Vaccination in Burma 1920-1933 - 1920-1933
Year: 1920
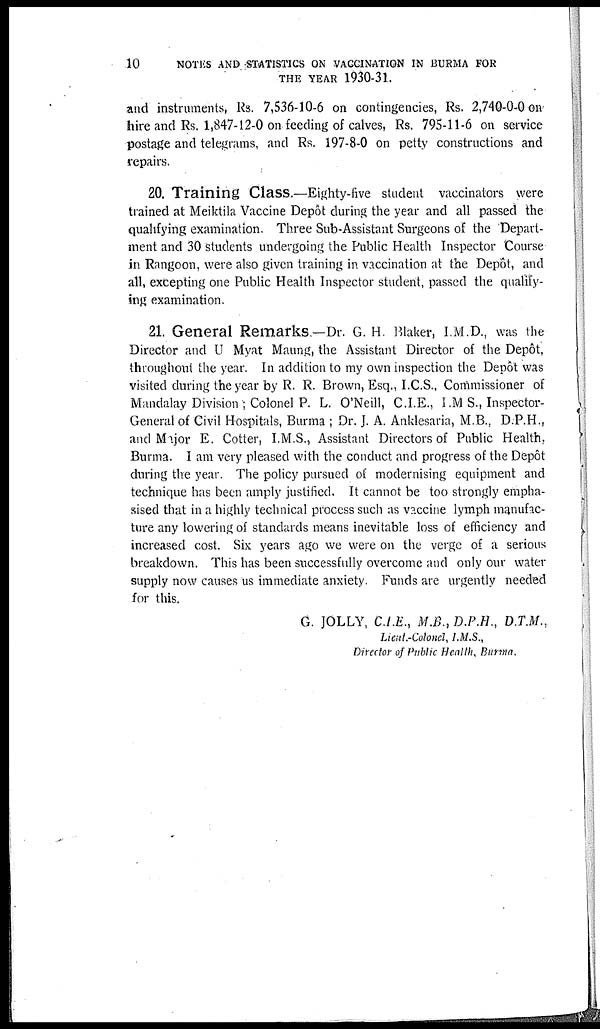
10
NOTES AND STATISTICS ON VACCINATION IN BURMA FOR
THE YEAR 1930-31.
and instruments, Rs. 7,536-10-6 on contingencies, Rs. 2,740-0-0 on
hire and Rs. 1,847-12-0 on feeding of calves, Rs. 795-11-6 on service
postage and telegrams, and Rs. 197-8-0 on petty constructions and
repairs.
20. Training Class.—Eighty-five student vaccinators were
trained at Meiktila Vaccine Depôt during the year and all passed the
qualifying examination. Three Sub-Assistant Surgeons of the Depart-
ment and 30 students undergoing the Public Health Inspector Course
in Rangoon, were also given training in vaccination at the Depôt, and
all, excepting one Public Health Inspector student, passed the qualify-
ing examination.
21. General Remarks.—Dr. G. H. Blaker, I.M.D., was the
Director and U Myat Maung, the Assistant Director of the Depôt,
throughout the year. In addition to my own inspection the Depôt was
visited during the year by R. R. Brown, Esq., I.C.S., Commissioner of
Mandalay Division ; Colonel P. L. O'Neill, C.I.E., I.M S., Inspector-
General of Civil Hospitals, Burma ; Dr. J. A. Anklesaria, M.B., D.P.H.,
and Major E. Cotter, I.M.S., Assistant Directors of Public Health,
Burma. I am very pleased with the conduct and progress of the Depôt
during the year. The policy pursued of modernising equipment and
technique has been amply justified. It cannot be too strongly empha-
sised that in a highly technical process such as vaccine lymph manufac-
ture any lowering of standards means inevitable loss of efficiency and
increased cost. Six years ago we were on the verge of a serious
breakdown. This has been successfully overcome and only our water
supply now causes us immediate anxiety. Funds are urgently needed
for this.
G. JOLLY, C.I.E., M.B., D.P.H., D.T.M.,
Lieut.-Colonel, I.M.S.,
Director of Public Health, Burma.